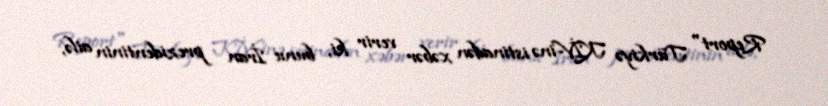
Report" Türkiyə KİV-inə istinadən xəbər verir ki, bunu İran prezidentinin ailə,